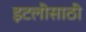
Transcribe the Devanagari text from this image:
इटलीसाठी